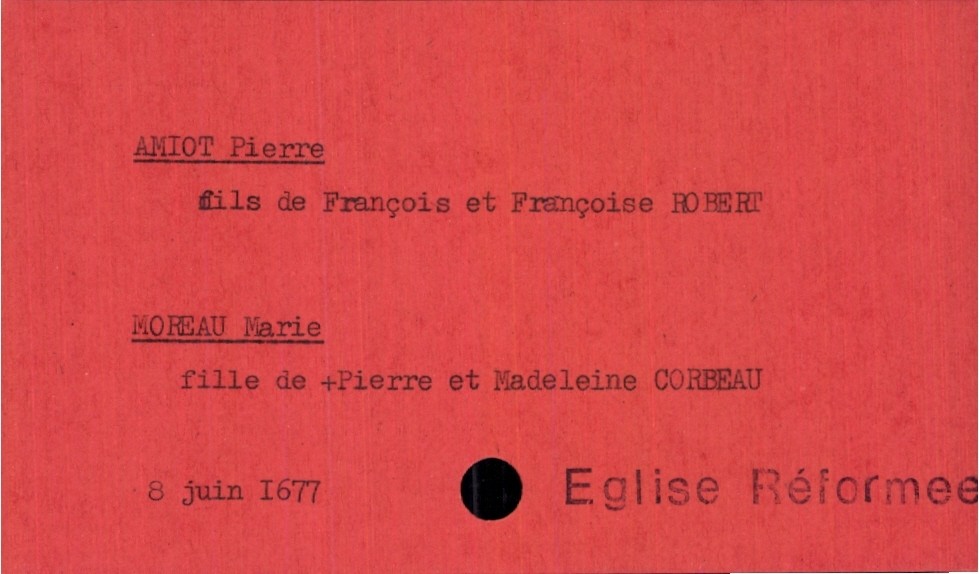
type_acte: Mariage
année: 1677
mois: juin
jour: 8
observations: Eglise Réformee
marié_nom: Amiot
marié_prénom: Pierre
père_marié_nom: Amiot
père_marié_prénom: François
mère_marié_nom: Robert
mère_marié_prénom: Françoise
mariée_nom: Moreau
mariée_prénom: Marie
père_mariée_nom: Moreau
père_mariée_prénom: Pierre
père_mariée_statut: décédé
mère_mariée_nom: Corbeau
mère_mariée_prénom: Madeleine